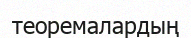
теоремалардың